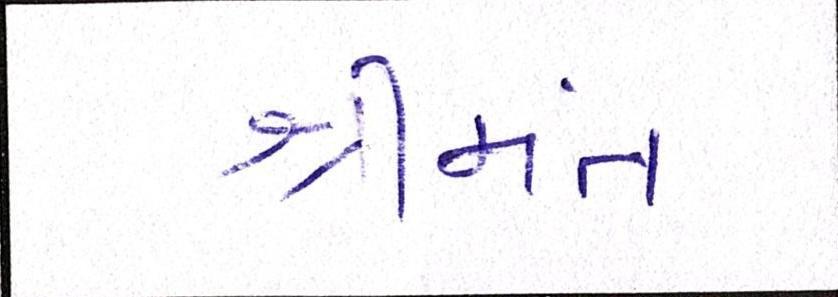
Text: શ્રીમંત